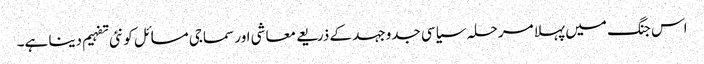
اس جنگ میں پہلا مرحلہ سیاسی جدوجہد کے ذریعے معاشی اور سماجی مسائل کو نئی تفہیم دینا ہے۔